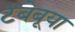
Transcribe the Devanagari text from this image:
टबेबूया